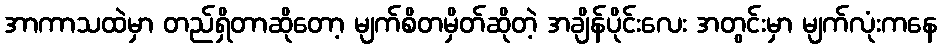
အာကာသထဲမှာ တည်ရှိတာဆိုတော့ မျက်စိတမှိတ်ဆိုတဲ့ အချိန်ပိုင်းလေး အတွင်းမှာ မျက်လုံးကနေ